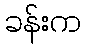
ခန်းက